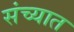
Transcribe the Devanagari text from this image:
संच्यात